Civil Veterinary Dept. North-West Frontier Province 1933-46 - 1933-1946
Year: 1933
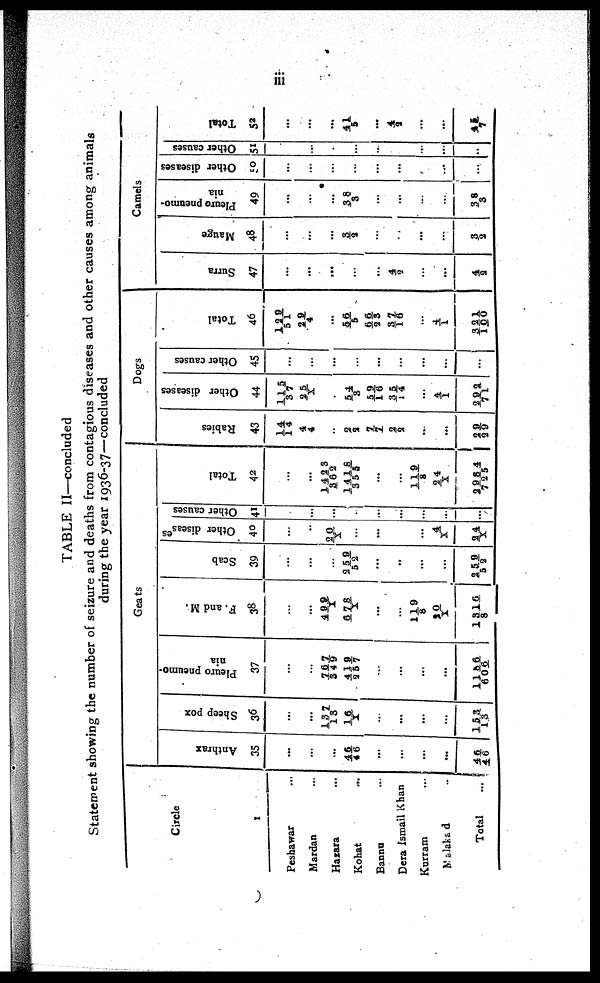
iii
TABLE II—concluded
Statement showing the number of seizure and deaths from contagious diseases and other causes among animals
during the year 1936-37—concluded
Circle
1
Peshawar ...
Mardan ...
Hazara ...
Kohat ...
Bannu ...
Dera Ismail Khan ...
Kurram ...
Malakand ...
Total
...
Geats
Anthrax
35
...
...
...
46/46
...
...
...
...
46/46
Sheep pox
36
...
...
137/13
16/ X
...
...
...
153/13
Pleuro pneumo-
nia
37
...
...
767/349
419/257
...
...
...
...
1186/ 606
F. and M.
38
...
...
499/X
678/X
...
...
119/8
20/X
1316/8
Scab
39
...
...
...
259/52
...
..
...
...
259/52
Other diseases
40
...
..
20/X
...
...
...
4/X
24/X
Other causes
41
...
...
...
...
...
...
...
Total
42
...
...
1423/362
14l8/355
...
...
119/8
24/X
2984/725
Dogs
Rabies
43
14/ 14
4/4
...
2/2
7/1
2/ 2
....
...
29/29
Other diseases
44
115/37
25/X
...
54/3
59/16
35/ 14
...
4/1
292/ 71
Other causes
45
...
...
...
...
...
...
...
...
Total
46
129/51
29/ 4
...
56/5
66/33
37/16
...
4/ 1
321/100
Camels
Surra
47
...
...
...
...
...
4/ 2
...
...
4/ 2
Mauge
48
...
...
...
3/ 2
...
...
...
...
3/ 2
Pleuro pneumo-
nia
49
...
...
...
38/3
...
...
...
...
38/3
Other diseases
50
...
...
...
...
...
...
...
...
...
Other causes
51
...
...
...
...
...
...
...
Total
52
...
...
...
41/5
...
4/2
...
...
45/7